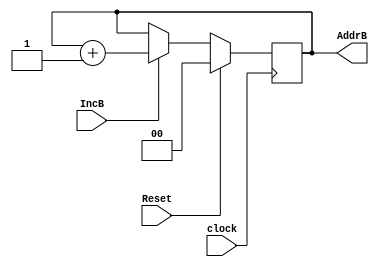
module upcountertwo(input IncB,input Reset,input clock,output reg [1:0]AddrB);

always @(posedge clock)
begin

if(Reset==1)
begin
AddrB<=2'b0;
end

else
begin
if(IncB==1)
begin
AddrB<=AddrB+2'b01;
end

end


end

endmodule